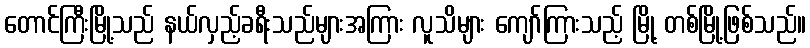
တောင်ကြီးမြို့သည် နယ်လှည့်ခရီးသည်များအကြား လူသိများ ကျော်ကြားသည့် မြို့ တစ်မြို့ဖြစ်သည်။